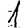
Digit: 1